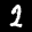
Label: 2